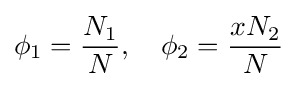
\phi _{1}={\frac {N_{1}}{N}},\quad \phi _{2}={\frac {xN_{2}}{N}}